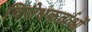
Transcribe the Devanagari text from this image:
विरोधकर्ताओं